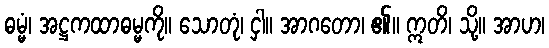
ဓမ္မံ၊ အဋ္ဌကထာဓမ္မကို။ သောတုံ၊ ငှါ။ အာဂတော၊ ၏။ ဣတိ၊ သို့။ အာဟ၊